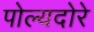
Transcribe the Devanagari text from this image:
पोल्यदोरे